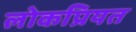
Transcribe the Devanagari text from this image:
लोकप्रियत